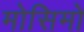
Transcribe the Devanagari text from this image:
मोसिमो